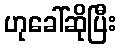
ဟုခေါ်ဆိုပြီး